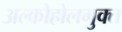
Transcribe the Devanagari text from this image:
अल्कोहोलमुक्त